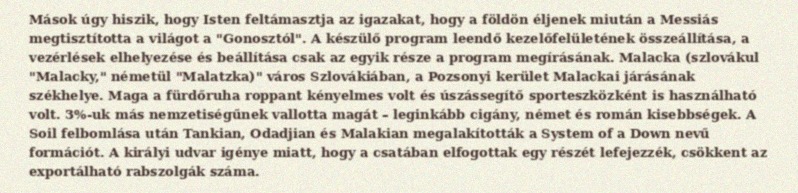
Mások úgy hiszik, hogy Isten feltámasztja az igazakat, hogy a földön éljenek miután a Messiás megtisztította a világot a "Gonosztól". A készülő program leendő kezelőfelületének összeállítása, a vezérlések elhelyezése és beállítása csak az egyik része a program megírásának. Malacka (szlovákul "Malacky," németül "Malatzka)" város Szlovákiában, a Pozsonyi kerület Malackai járásának székhelye. Maga a fürdőruha roppant kényelmes volt és úszássegítő sporteszközként is használható volt. 3%-uk más nemzetiségűnek vallotta magát – leginkább cigány, német és román kisebbségek. A Soil felbomlása után Tankian, Odadjian és Malakian megalakították a System of a Down nevű formációt. A királyi udvar igénye miatt, hogy a csatában elfogottak egy részét lefejezzék, csökkent az exportálható rabszolgák száma.